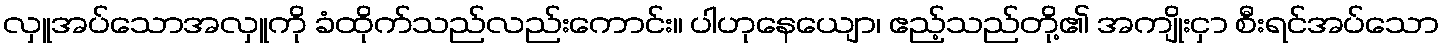
လှူအပ်သောအလှူကို ခံထိုက်သည်လည်းကောင်း။ ပါဟုနေယျော၊ ဧည့်သည်တို့၏ အကျိုးငှာ စီးရင်အပ်သော